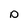
Character: D